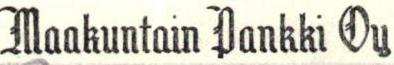
Maakuntain Pankki Oy